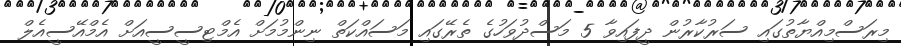
މިރަސްމިއްޔާތުގައި ސަރުކާރުން ދީފައިވާ 5 މަސްދުވަހުގެ ތެރޭގައި މަސައްކަތް ނިންމުމަށް އެމްޓިސީސީއަށް އެމްއޭސީއެލް